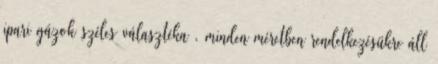
ipari gázok széles választéka , minden méretben rendelkezésükre áll